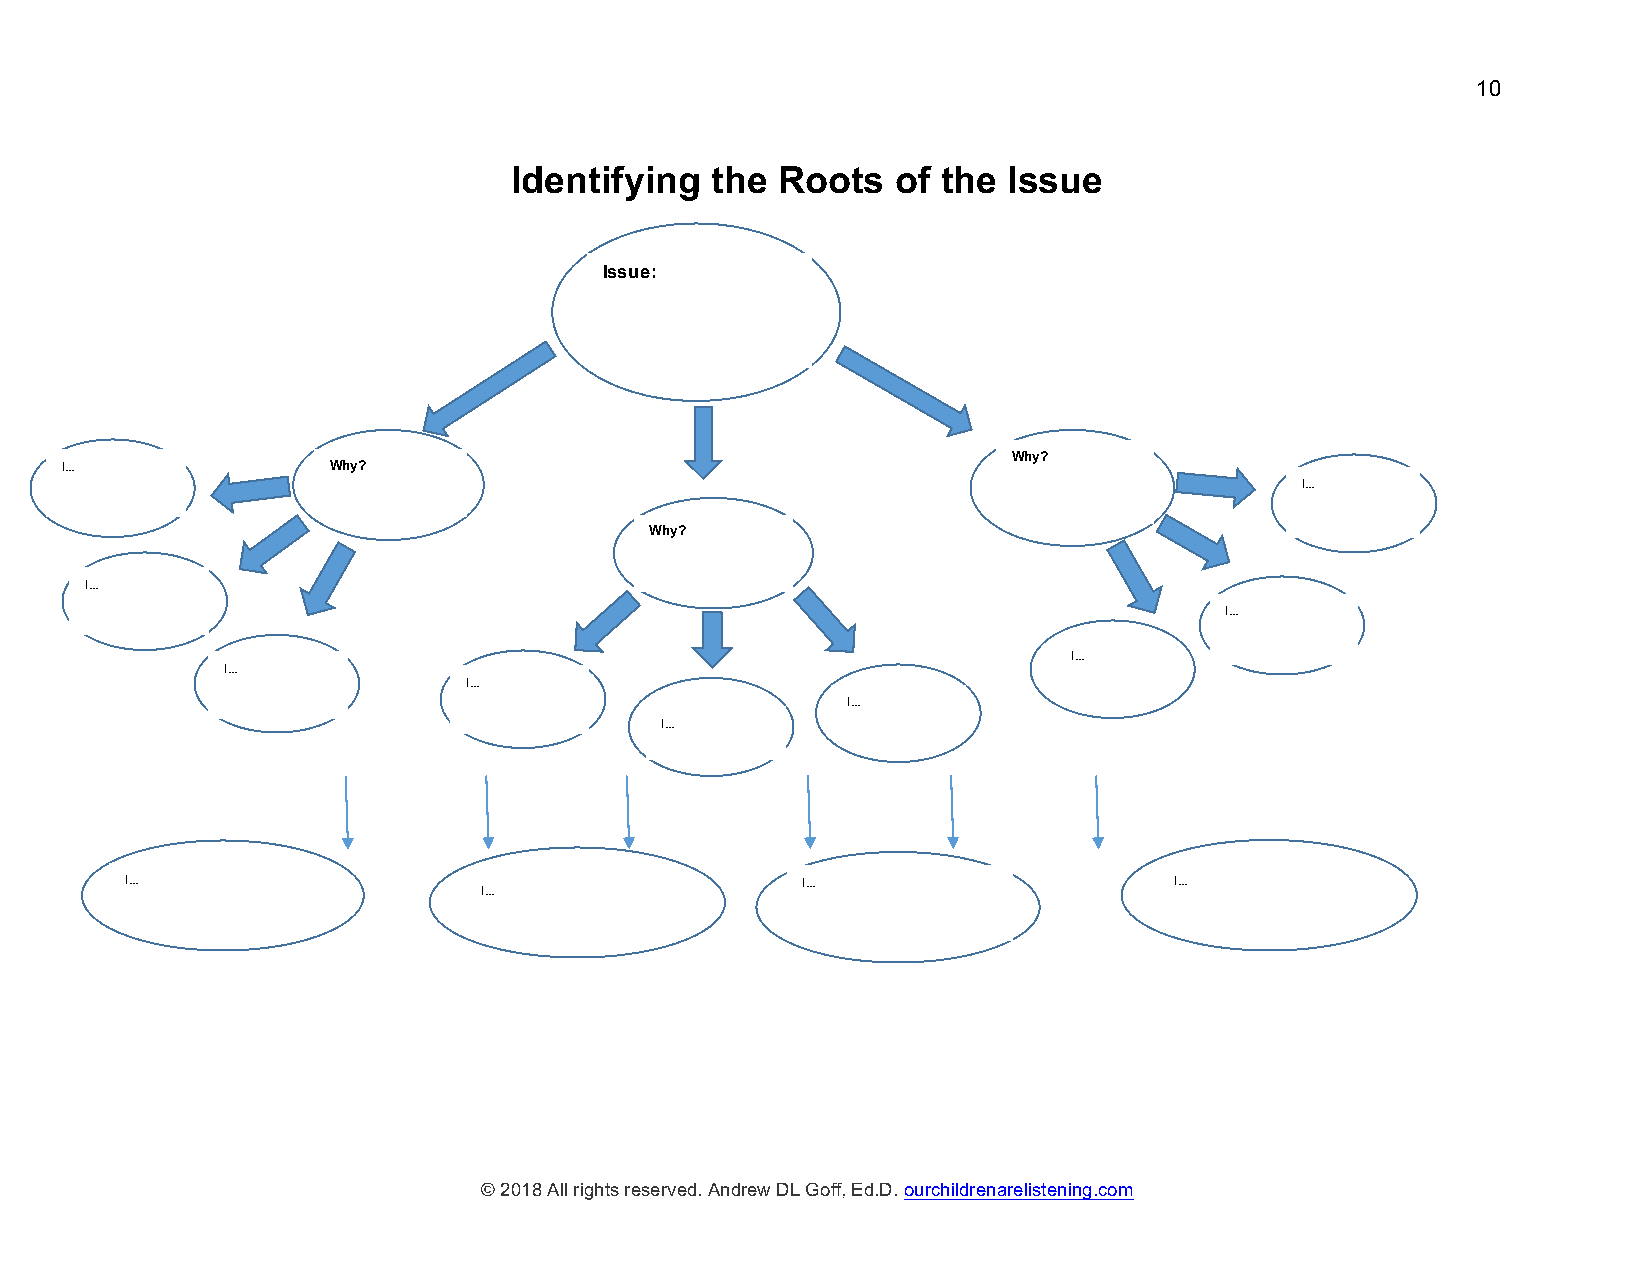
10
 Identifying  the Roots   of the  Issue
 Issue:
 Why?
 I…                Why?
 I…
 Why?
 I…
 I…
 I…
 I…
 I…
 I…
 I…
 I…                                           I…                       I…
 I…
 development
 © 2018 All rights reserved. Andrew DL Goff, Ed.D. ourchildrenarelistening.com